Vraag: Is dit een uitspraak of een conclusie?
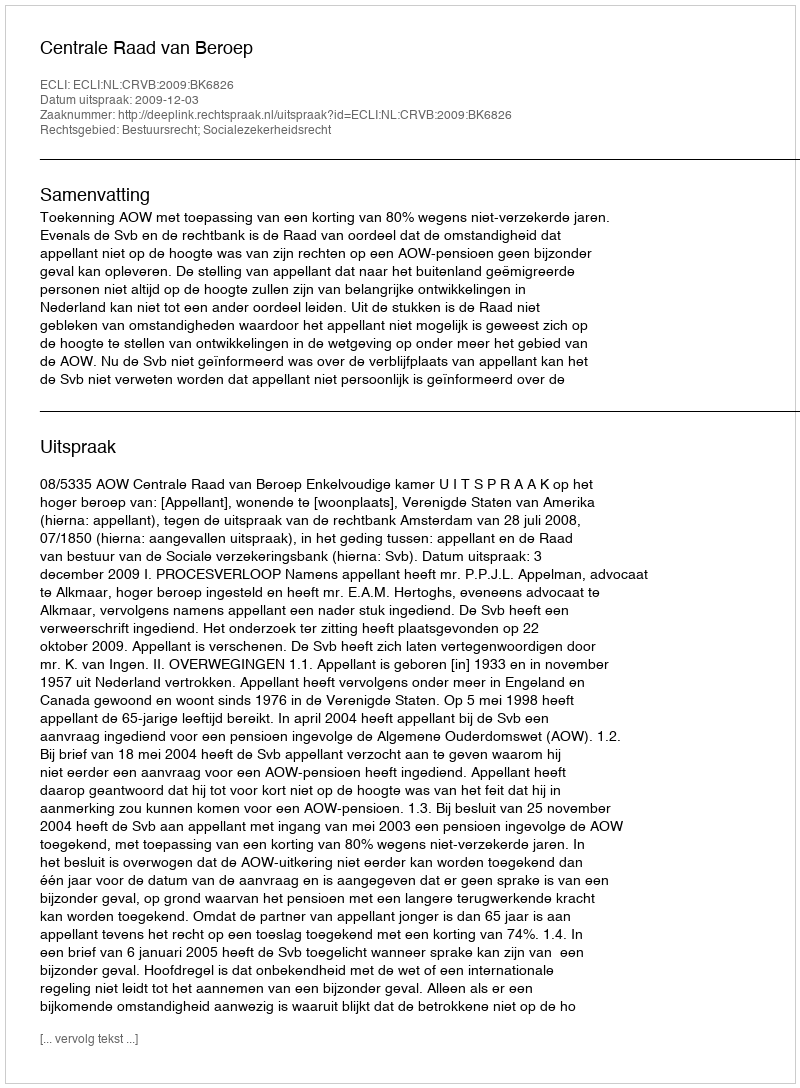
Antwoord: Uitspraak